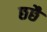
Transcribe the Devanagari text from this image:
छछै